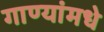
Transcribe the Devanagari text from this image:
गाण्यांमधे